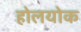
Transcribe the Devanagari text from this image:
होलयोक